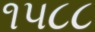
૧૫૮૮